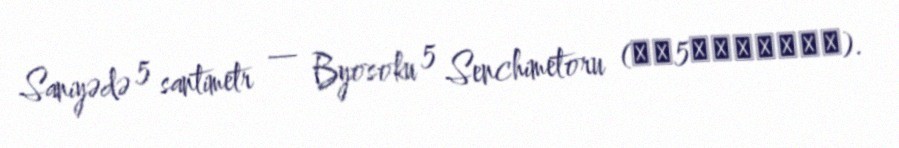
Saniyədə 5 santimetr — Byosoku 5 Senchimetoru (秒速5センチメートル).